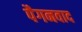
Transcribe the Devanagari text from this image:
पैगनवाद